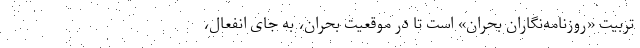
تربیت «روزنامه‌نگاران بحران» است تا در موقعیت بحران، به جای انفعال،